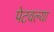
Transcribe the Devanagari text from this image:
पेटवल्या